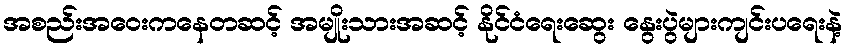
အစည်းအဝေးကနေတဆင့် အမျိုးသားအဆင့် နိုင်ငံရေးဆွေး နွေးပွဲများကျင်းပရေးနဲ့